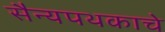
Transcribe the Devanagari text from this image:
सैन्यपथकाचे